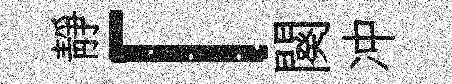
靜「闋冲